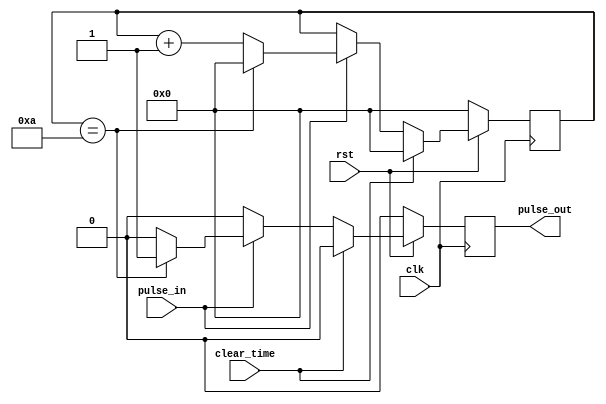

module CountTo10( rst, clear_time, clk, pulse_in, pulse_out);
input pulse_in, clear_time, rst,clk;
output pulse_out;
reg [3:0] count;
reg pulse_out;


always@ (posedge clk)
	if(rst == 0) begin
	  count = 0;
	  pulse_out = 0;
	end
	else if(clear_time == 1) begin
	  count <= 0;
	  pulse_out <= 0;	  
	end
	else begin
	  if(pulse_in == 1)begin
	    if(count == 10)begin
	      count <= 0;
			pulse_out <= 1;
	    end
	    else begin
	    count <= count + 1;
		 pulse_out <= 0;
	    end
	  end
	  else begin
		 pulse_out <= 0;
	  end
	end
endmodule